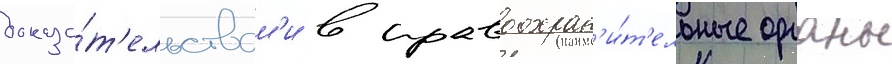
доказа́т'ельствам'и в правоохран'и́т'ельные органы